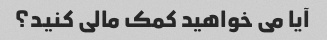
آیا می خواهید کمک مالی کنید؟